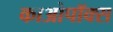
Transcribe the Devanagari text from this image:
काओपॉक्स